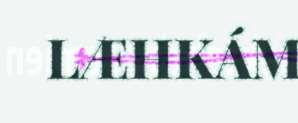
LÆHKÁM